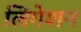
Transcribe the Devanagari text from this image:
लिंगेशन